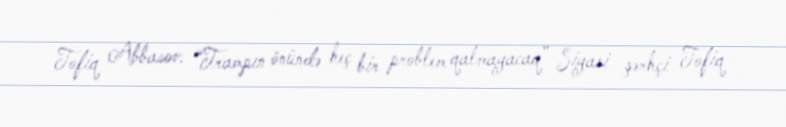
Tofiq Abbasov: “Trampın önündə heç bir problem qalmayacaq” Siyasi şərhçi Tofiq